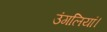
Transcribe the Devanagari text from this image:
उंगलियां।